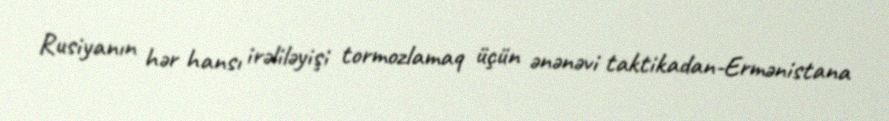
Rusiyanın hər hansı irəliləyişi tormozlamaq üçün ənənəvi taktikadan-Ermənistana